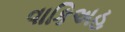
વાકિઅહ